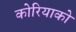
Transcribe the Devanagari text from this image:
कोरियाको